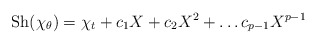
\begin{align*}\mathrm{Sh}(\chi_\theta) = \chi_t + c_1 X + c_2 X^2 + \dots c_{p-1}X^{p-1}\end{align*}